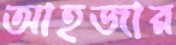
আহজার